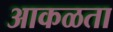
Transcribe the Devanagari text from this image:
आकळता